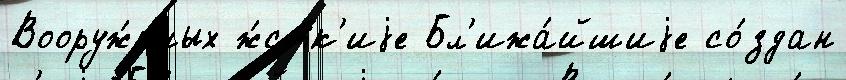
Вооруж́нных ж́стк'иjе Бл'ижа́йшиjе со́здан